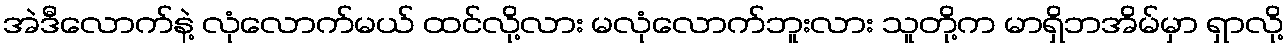
အဲဒီလောက်နဲ့ လုံလောက်မယ် ထင်လို့လား မလုံလောက်ဘူးလား သူတို့က မာရှိဘအိမ်မှာ ရှာလို့